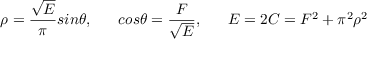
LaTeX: \rho = \frac { \sqrt E } { \pi } s i n \theta , \; \; \; \; \; \; c o s \theta = \frac { F } { \sqrt E } , \; \; \; \; \; \; E = 2 C = F ^ { 2 } + \pi ^ { 2 } \rho ^ { 2 }